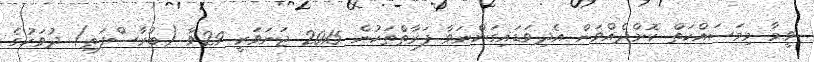
ވީމާ މިމަސައްކަތް ކޮށްދެއްވަން އެދިވަޑައިގަންނަވާ ފަރާތްތަކުން 2015 ޖަނަވަރީ 29ވާ (ބުރާސްފަތި) ދުވަހުގެ